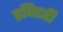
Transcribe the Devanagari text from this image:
द्रविडही